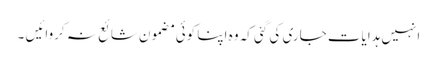
انہیں ہدایات جاری کی گئی کہ وہ اپنا کوئی مضمون شائع نہ کروائیں ۔